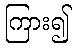
ကြား၍